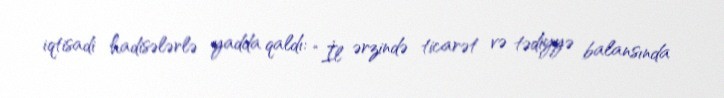
iqtisadi hadisələrlə yadda qaldı: “İl ərzində ticarət və tədiyyə balansında